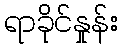
ရာခိုင်နှုန်း